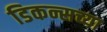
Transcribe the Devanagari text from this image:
डिकन्सच्या